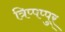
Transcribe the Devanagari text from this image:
त्रिप्पप्पुर्